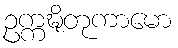
ဥက္ကဍ္ဎိတုကာမော